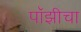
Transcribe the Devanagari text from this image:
पॉझीचा